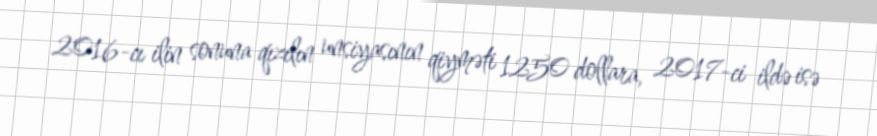
2016-cı ilin sonuna qızılın unsiyasının qiyməti 1250 dollara, 2017-ci ildə isə